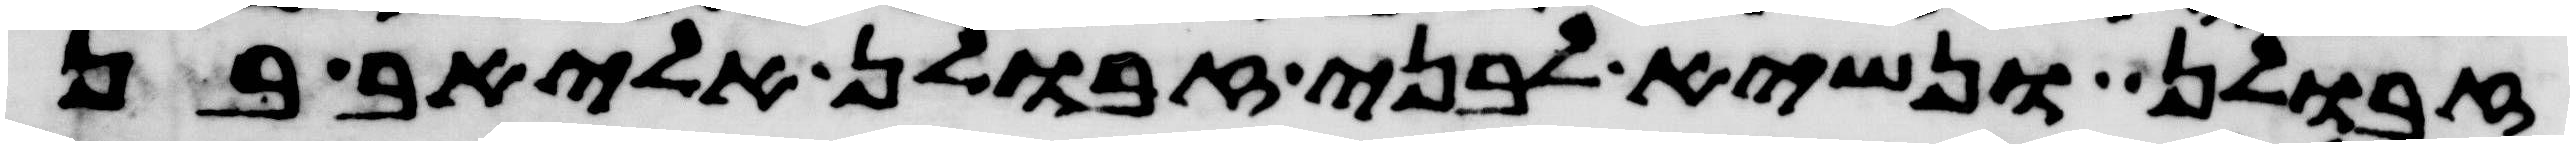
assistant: זבולן ונשיא לבני זבולן אליאב בן